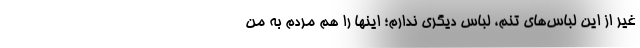
غیر از این لباس‌های تنم، لباس دیگری ندارم؛ اینها را هم مردم به من